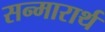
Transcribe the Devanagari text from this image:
सन्मारार्थ